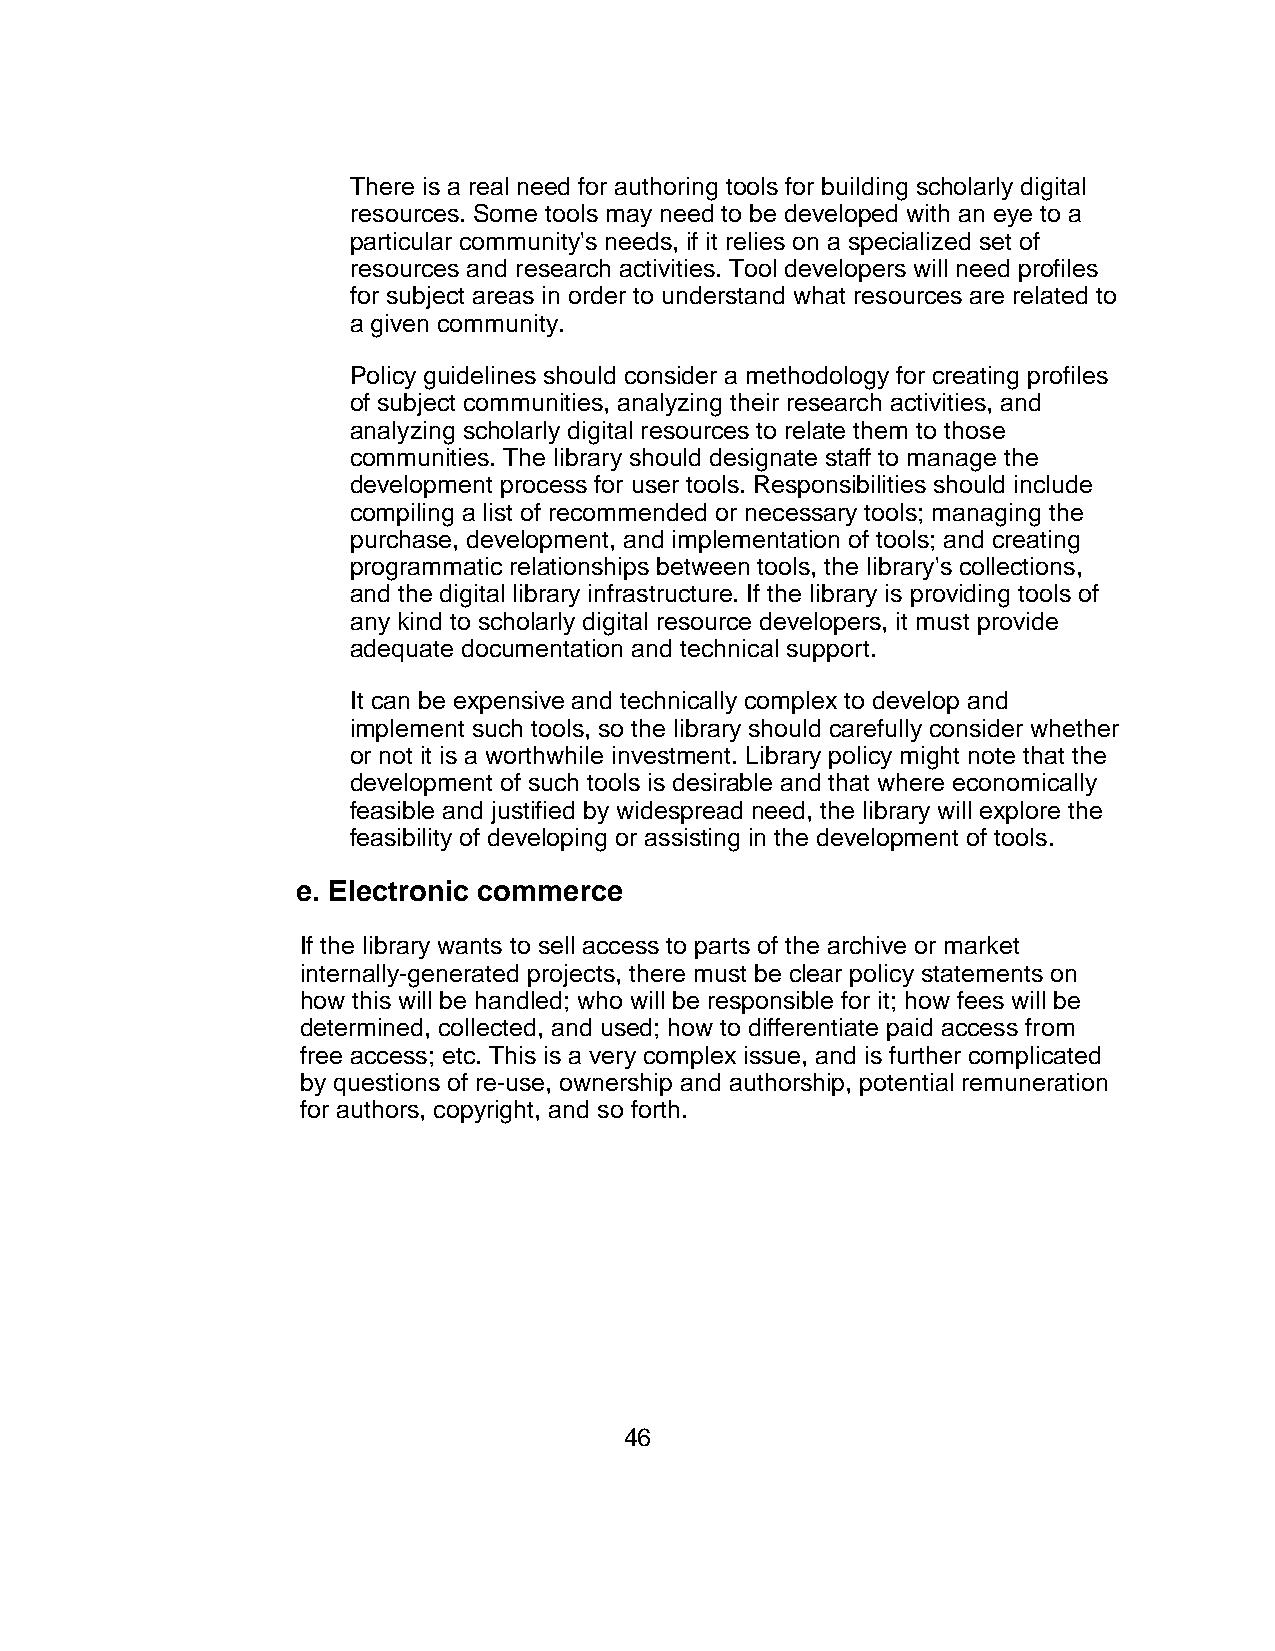
There is a real need for authoring tools for building scholarly digital
 resources. Some tools may need to be developed with an eye to a
 particular community's needs, if it relies on a specialized set of
 resources and research activities. Tool developers will need profiles
 for subject areas in order to understand what resources are related to
 a given community.
 Policy guidelines should consider a methodology for creating profiles
 of subject communities, analyzing their research activities, and
 analyzing scholarly digital resources to relate them to those
 communities. The library should designate staff to manage the
 development process for user tools. Responsibilities should include
 compiling a list of recommended or necessary tools; managing the
 purchase, development, and implementation of tools; and creating
 programmatic relationships between tools, the library's collections,
 and the digital library infrastructure. If the library is providing tools of
 any kind to scholarly digital resource developers, it must provide
 adequate documentation and technical support.
 It can be expensive and technically complex to develop and
 implement such tools, so the library should carefully consider whether
 or not it is a worthwhile investment. Library policy might note that the
 development of such tools is desirable and that where economically
 feasible and justified by widespread need, the library will explore the
 feasibility of developing or assisting in the development of tools.
 e. Electronic commerce
 If the library wants to sell access to parts of the archive or market
 internally-generated projects, there must be clear policy statements on
 how this will be handled; who will be responsible for it; how fees will be
 determined, collected, and used; how to differentiate paid access from
 free access; etc. This is a very complex issue, and is further complicated
 by questions of re-use, ownership and authorship, potential remuneration
 for authors, copyright, and so forth.
 46